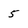
Character: 5